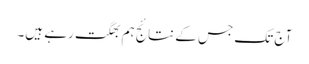
آج تک جس کے نتائج ہم بھگت رہے ہیں۔